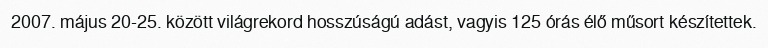
2007. május 20-25. között világrekord hosszúságú adást, vagyis 125 órás élő műsort készítettek.